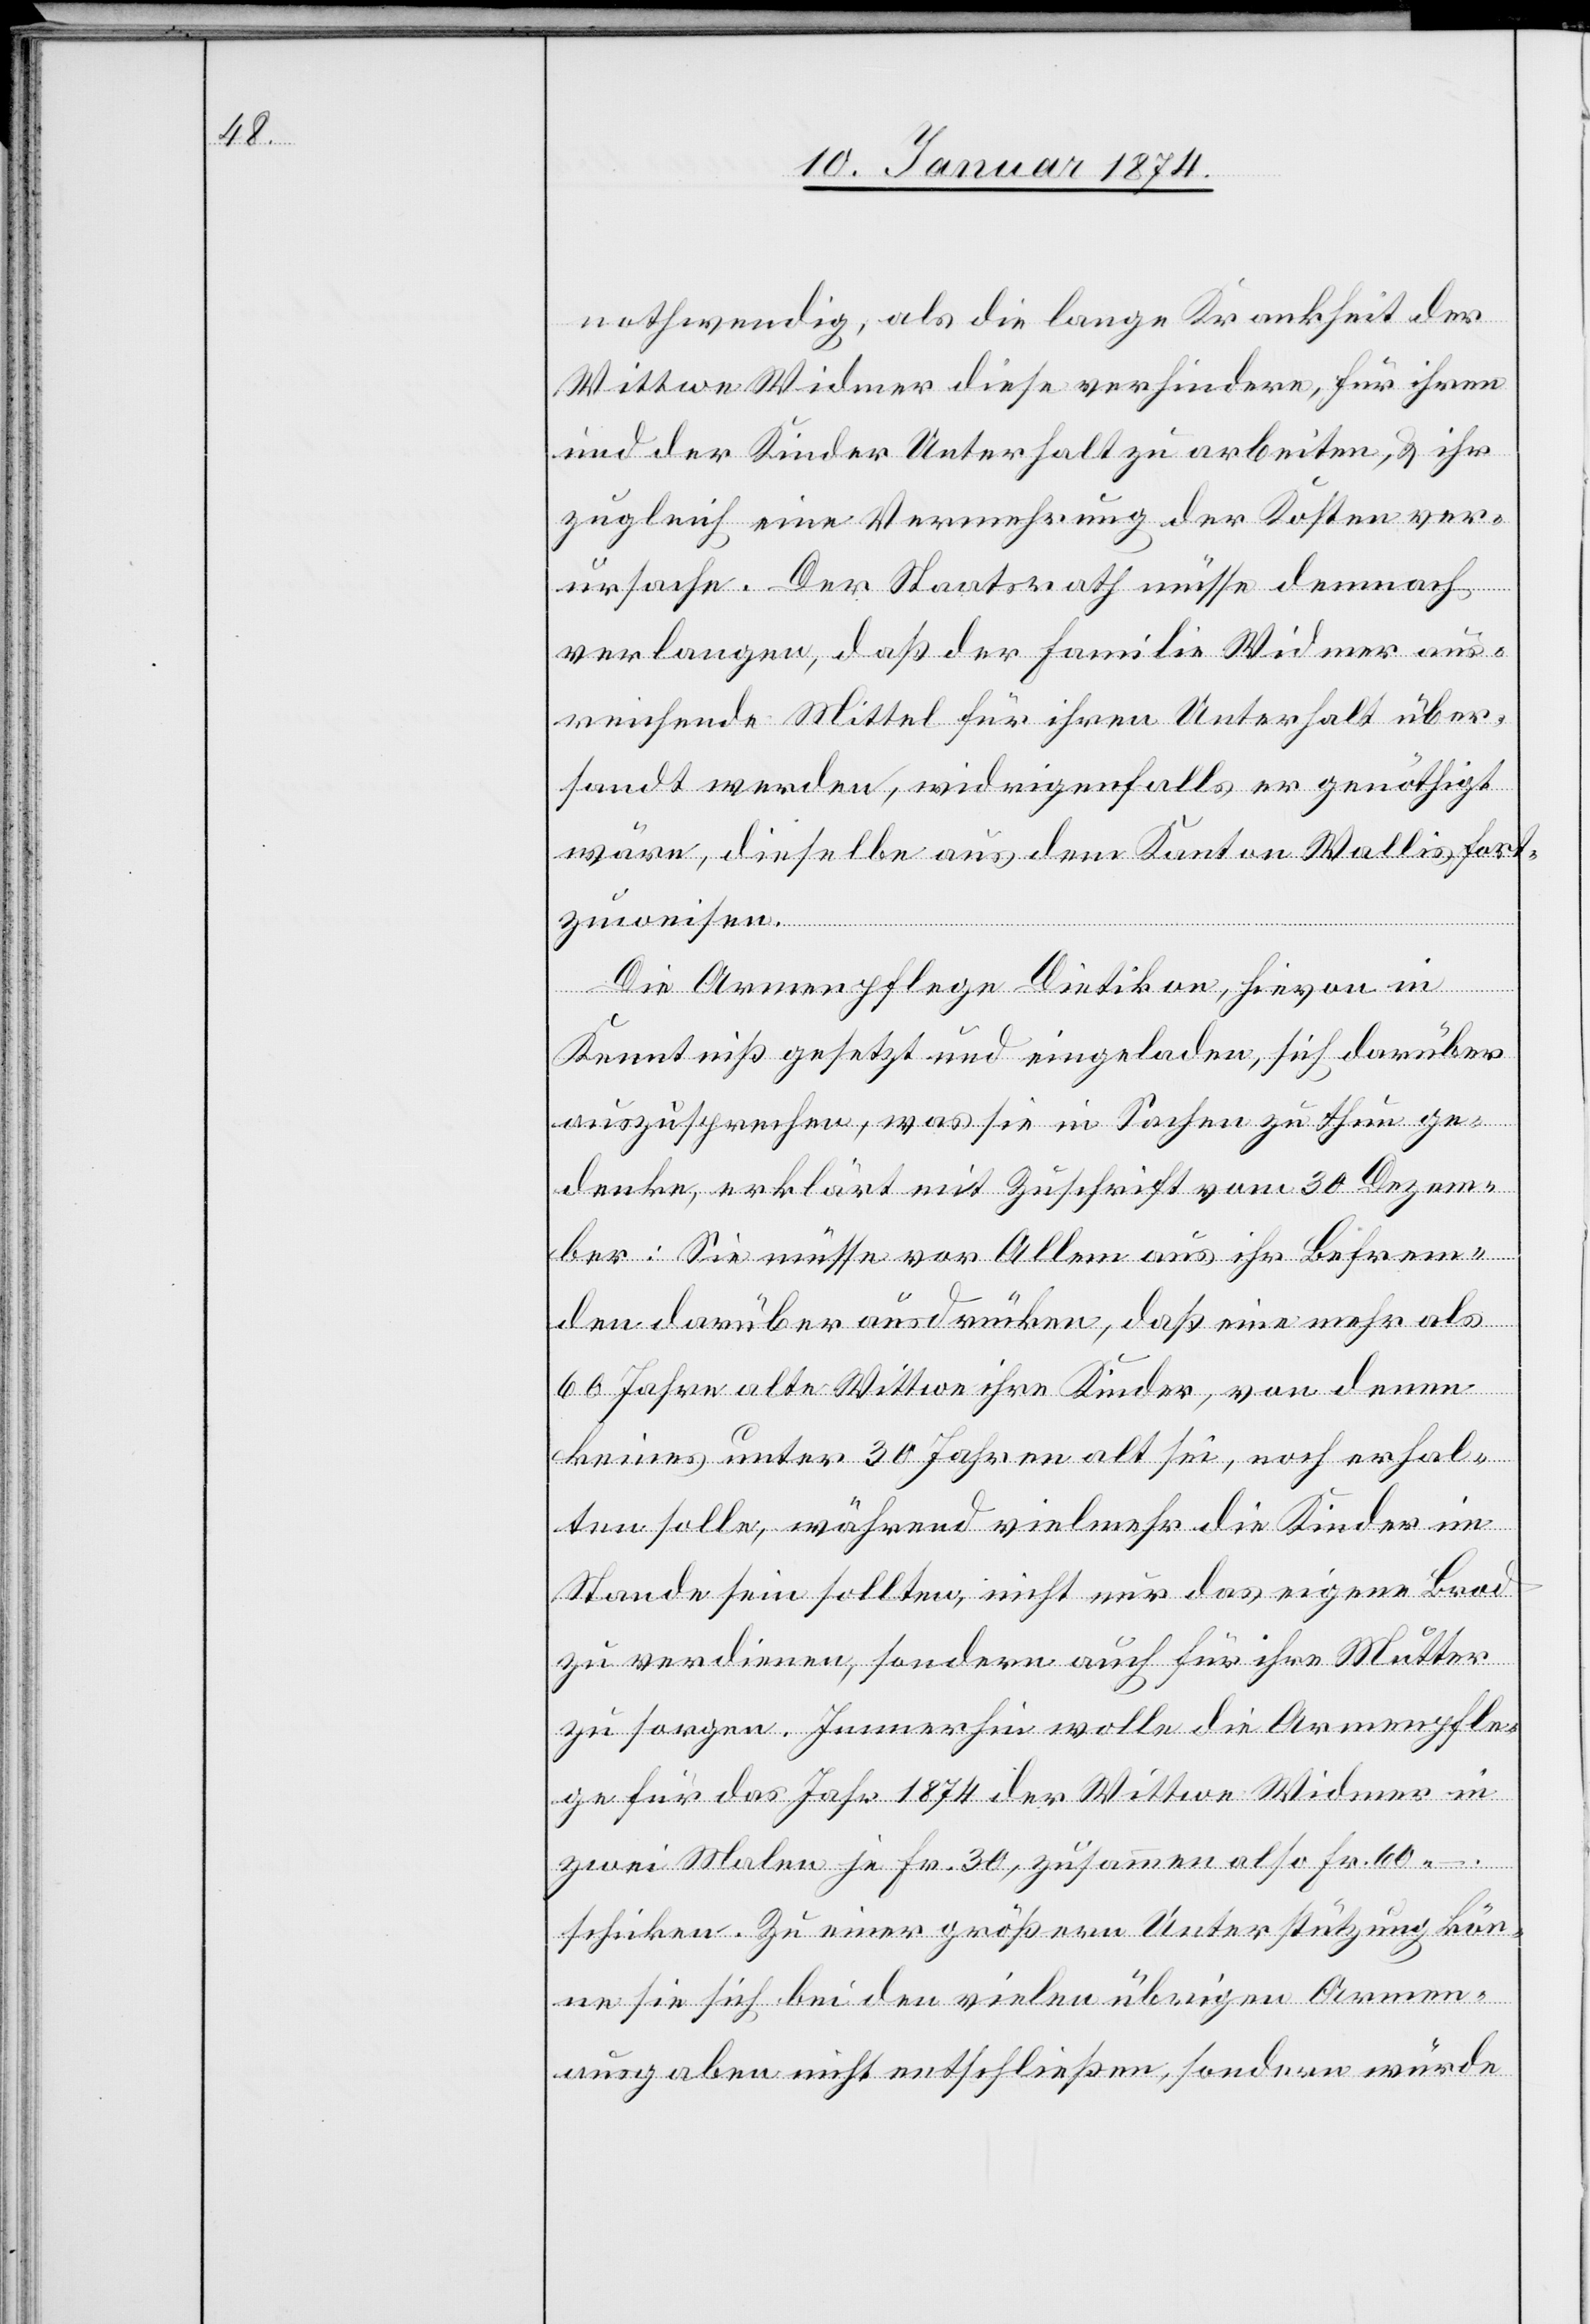
nothwendig, als die lange Krankheit der
Wittwe Widmer diese verhindere, für ihre
und der Kinder Unterhalt zu arbeiten, & ihr
zugleich eine Vermehrung der Kosten ver¬
ursache. Der Staatsrath müsse demnach
verlangen, daß der Familie Widmer aus¬
reichende Mittel für ihren Unterhalt über¬
sandt werden, widrigenfalls er genöthigt
wäre, dieselbe aus dem Kanton Wallis fort¬
zuweisen.
Die Armenpflege Dietikon, hievon in
Kenntniß gesetzt und eingeladen, sich darüber
auszusprechen, was sie in Sachen zu thun ge¬
denke, erklärt mit Zuschrift vom 30 Dezem¬
ber: Sie müsse vor Allem aus ihr Befrem¬
den darüber ausdrücken, daß eine mehr als
60 Jahre alte Wittwe ihre Kinder, von denen
keines unter 30 Jahren alt sei, noch erhal¬
ten solle, während vielmehr die Kinder im
Stande sein sollten, nicht nur das eigene Brod
zu verdienen, sondern auch für ihr Mutter
zu sorgen. Immerhin wolle die Armenpfle¬
ge für das Jahr 1874 der Wittwe Widmer in
zwei Malen je Fr. 30, zusammen also Fr. 60.-
schicken. Zu einer größern Unterstützung kön¬
ne sie sich bei den vielen übrigen Armen¬
ausgaben nicht entschließen, sondern würde